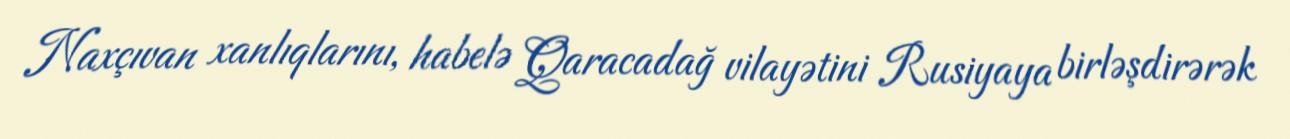
Naxçıvan xanlıqlarını, habelə Qaracadağ vilayətini Rusiyaya birləşdirərək